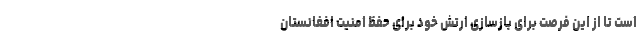
است تا از این فرصت برای بازسازی ارتش خود برای حفظ امنیت افغانستان